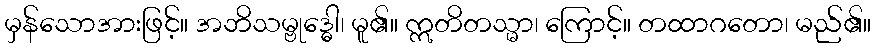
မှန်သောအားဖြင့်။ အဘိသမ္ဗုဒ္ဓေါ၊ မူ၏။ ဣတိတသ္မာ၊ ကြောင့်။ တထာဂတော၊ မည်၏။